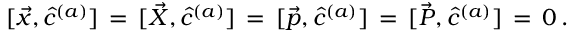
[ \vec { x } , \hat { c } ^ { ( a ) } ] \, = \, [ \vec { X } , \hat { c } ^ { ( a ) } ] \, = \, [ \vec { p } , \hat { c } ^ { ( a ) } ] \, = \, [ \vec { P } , \hat { c } ^ { ( a ) } ] \, = \, 0 \, .